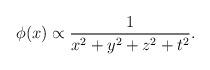
LaTeX: \begin{align*}\phi(x) \propto {1\over x^2+y^2+z^2+t^2}.\end{align*}